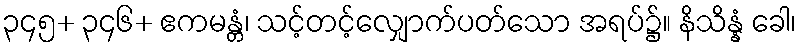
၃၄၅+ ၃၄၆+ ဧကမန္တံ၊ သင့်တင့်လျှောက်ပတ်သော အရပ်၌။ နိသိန္နံ ခေါ၊